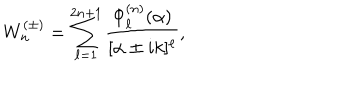
W _ { n } ^ { ( \pm ) } = \sum _ { \ell = 1 } ^ { 2 n + 1 } \frac { \Phi _ { \ell } ^ { ( n ) } ( \alpha ) } { [ \alpha \pm i k ] ^ { \ell } } ,